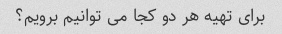
برای تهیه هر دو کجا می توانیم برویم؟